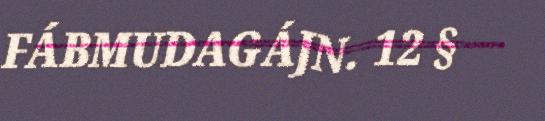
FÁBMUDAGÁJN. 12 §